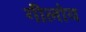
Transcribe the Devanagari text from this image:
गीलोय